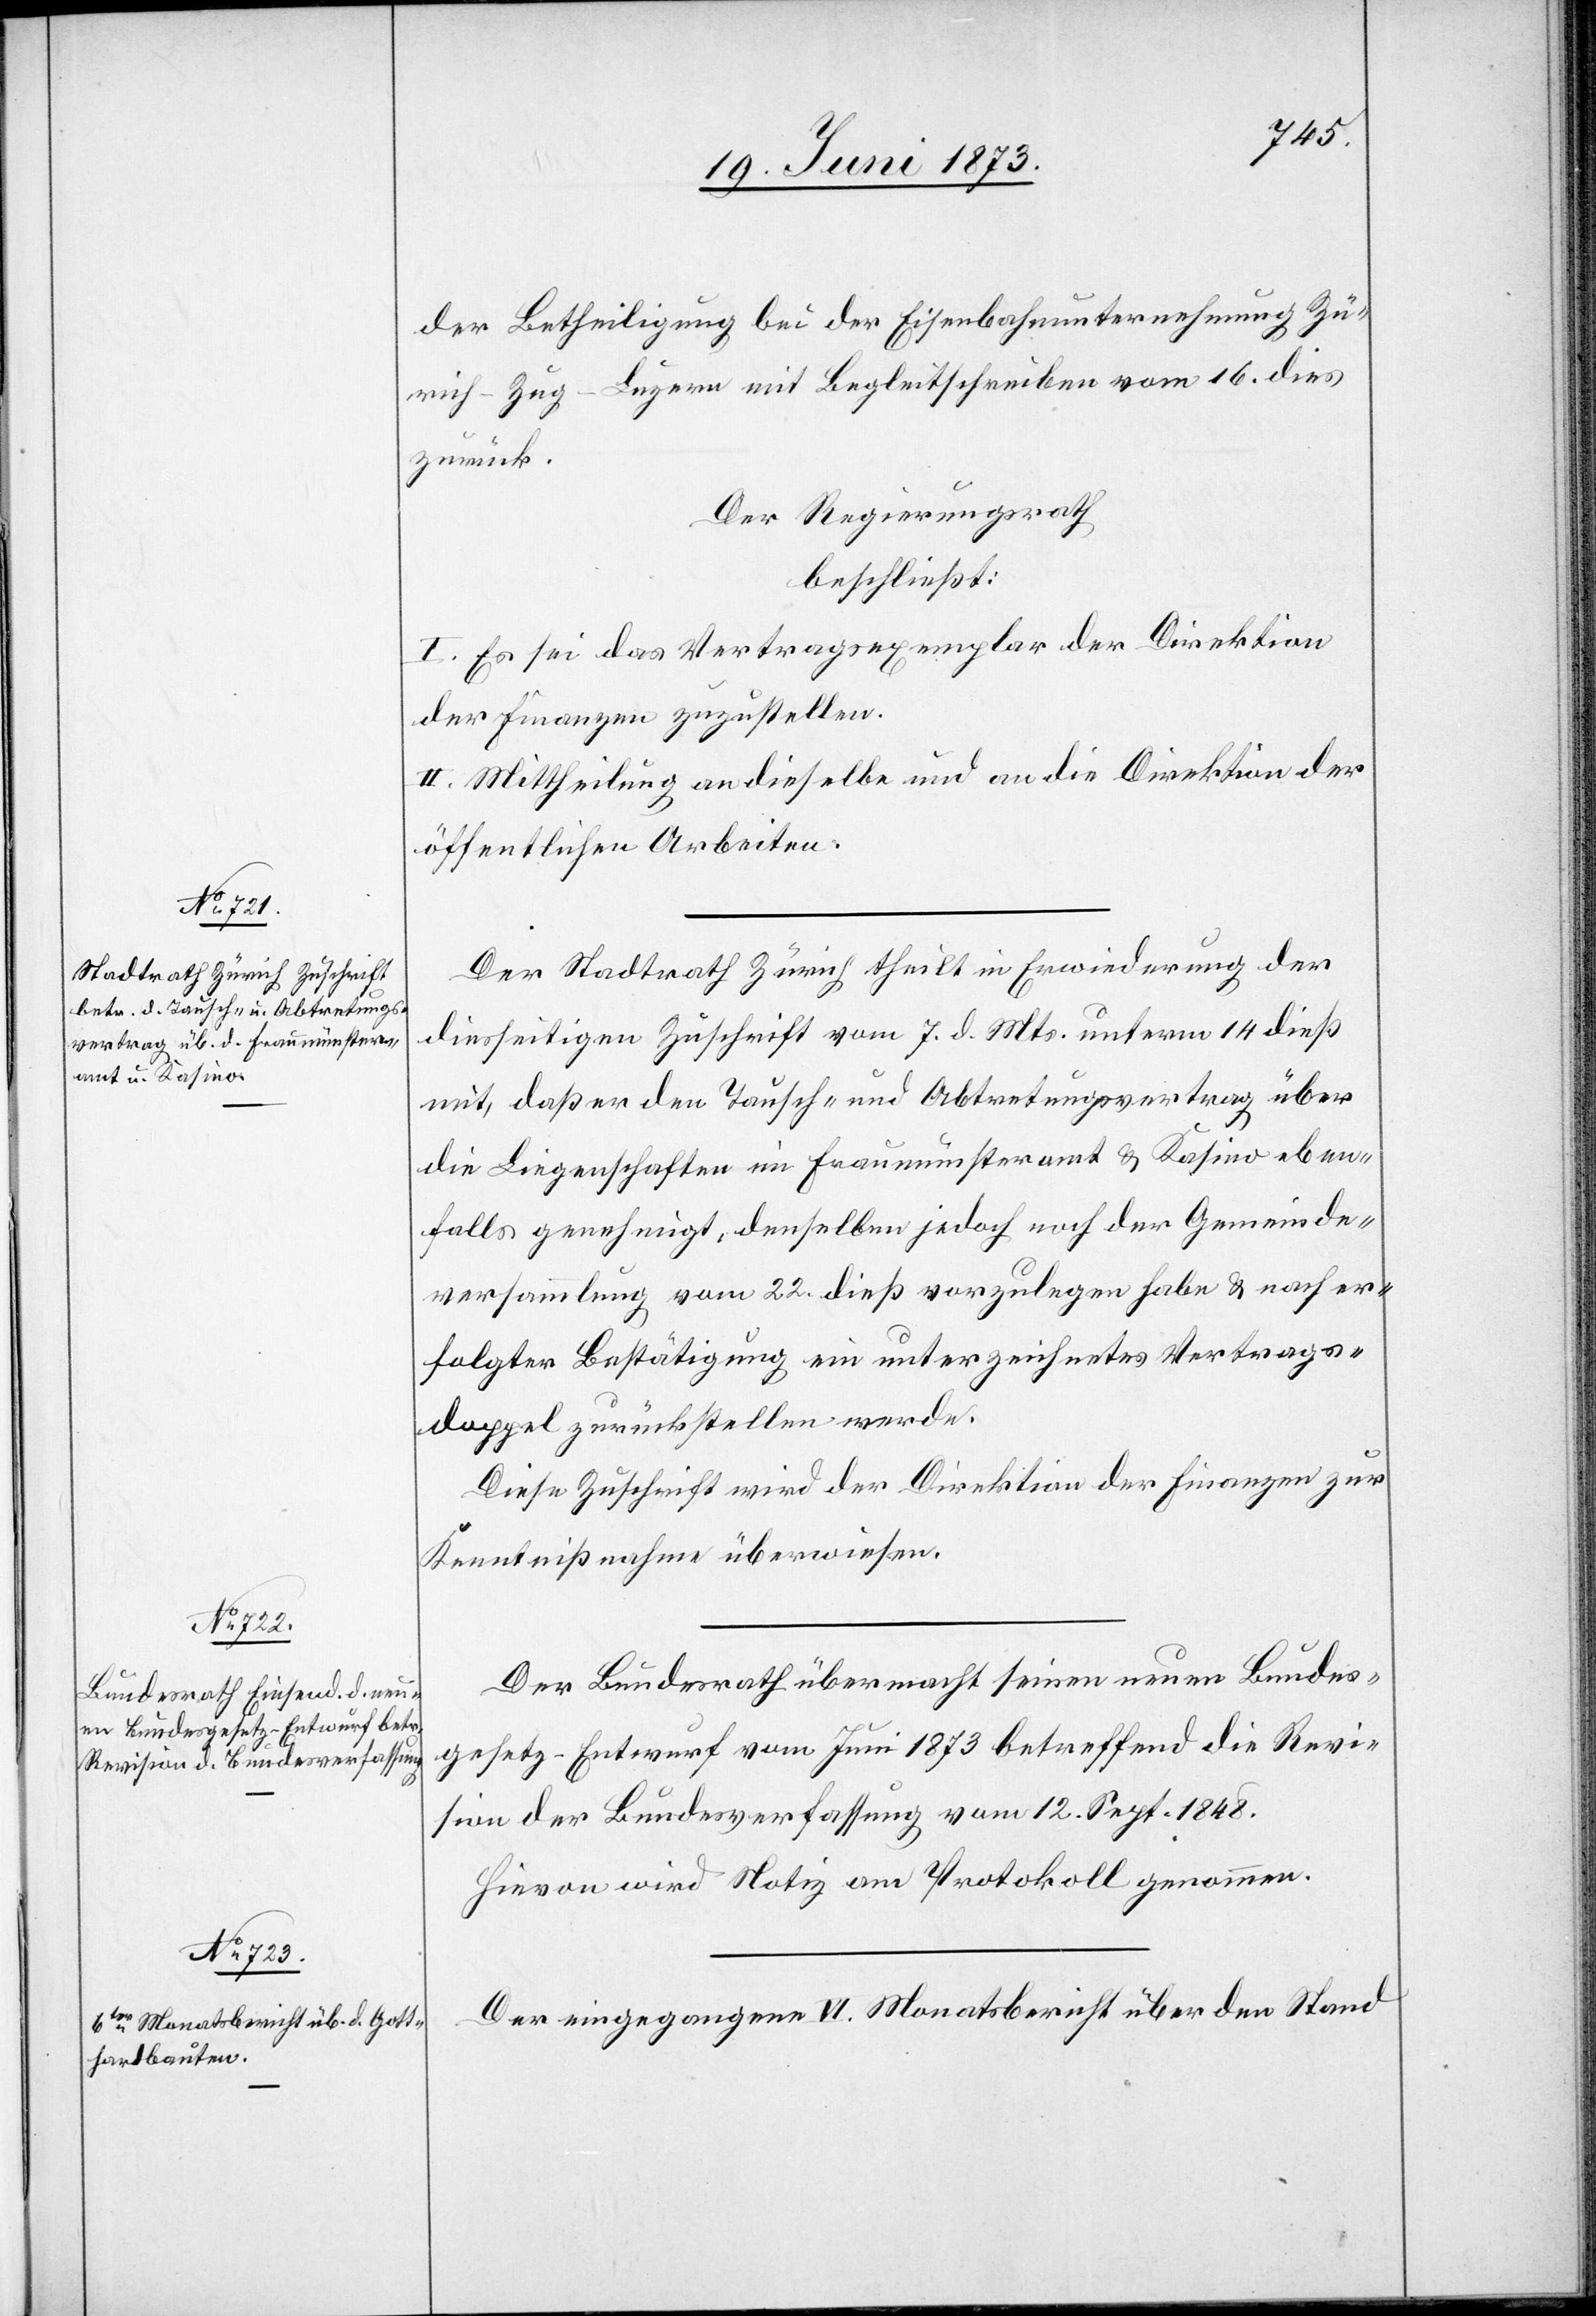
der Betheiligung bei der Eisenbahnunternehmung Zü¬
rich–Zug–Luzern mit Begleitschreiben vom 16. dies
zurück.
Der Regierungsrath
beschließt:
I. Es sei das Vertragsexemplar der Direktion
der Finanzen zuzustellen.
II. Mittheilung an dieselbe und an die Direktion der
öffentlichen Arbeiten.
Der Stadtrath Zürich theilt in Erwiederung der
diesseitigen Zuschrift vom 7. d. Mts. unterm 14. dieß
mit, daß er den Tausch- und Abtretungsvertrag über
die Liegenschaften im Fraumünsteramt & Kasino eben¬
falls genehmigt, denselben jedoch noch der Gemeinde¬
versammlung vom 22. dieß vorzulegen habe & nach er¬
folgter Bestätigung ein unterzeichnetes Vertrags¬
doppel zurückstellen werde.
Diese Zuschrift wird der Direktion der Finanzen zur
Kenntnißnahme überwiesen.
Der Bundesrath übermacht seinen neuen Bundes¬
gesetz-Entwurf vom Juni 1873 betreffend die Revi¬
sion der Bundesverfassung vom 12. Sept. 1848.
Hievon wird Notiz am Protokoll genommen.
Der eingegangene VI. Monatsbericht über den Stand